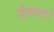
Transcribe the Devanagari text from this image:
ज़ेनवर्क्स